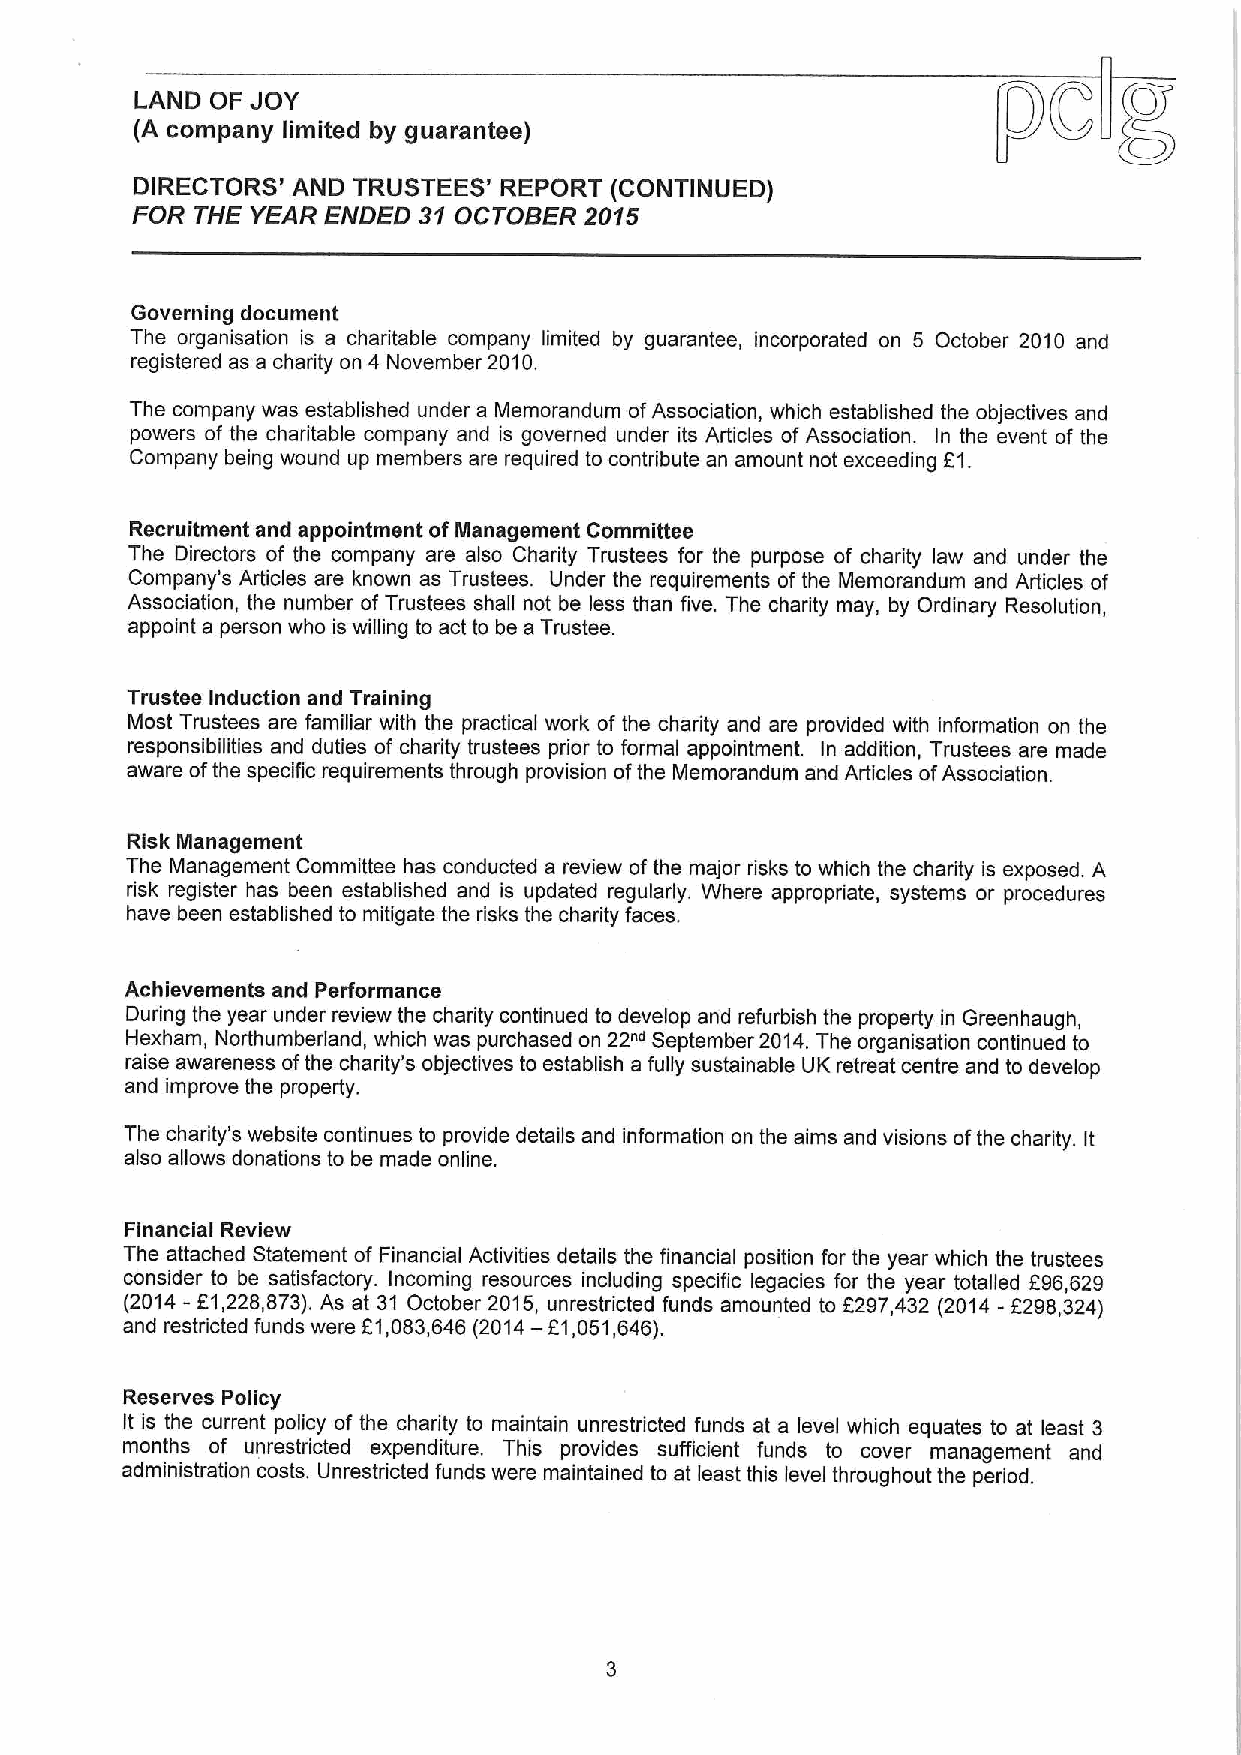
g
 LAND OF JOY
 poC
 (A company limited by guarantee)
 DIRECTORS' AND TRUSTEES' REPORT (CONTINUED)
 FOR THE YEAR ENDED 31 OCTOBER 20$5
 Governing document
 The organisation is a charitable company limited by guarantee, incorporated on 5 October 2010 and
 registered as a charity on 4 November 2010.
 The company was established under a Memorandum ofAssociation, which established the objectives and
 powers of the charitable company and is governed under its Articles of Association. In the event of the
 Company being wound up members are required to contribute an amount not exceeding 51.
 Recruitment and appointment ofManagement Committee
 The Directors of the company are also Charity Trustees for the purpose of charity law and under the
 Company's Articles are known as Trustees. Under the requirements of the Memorandum and Articles of
 Association, the number of Trustees shall not be less than five. The charity may, by Ordinary Resolution,
 appoint a person who is willing to act to be a Trustee.
 Trustee Induction and Training
 Most Trustees are familiar with the practical work of the charity and are provided with information on the
 responsibilities and duties of charity trustees prior to formal appointment, In addition, Trustees are made
 aware ofthe specific requirements through provision ofthe Memorandum and Articles ofAssociation.
 Risk Management
 The Management Committee has conducted a review ofthe major risks to which the charity is exposed. A
 risk register has been established and is updated regularly. Where appropriate, systems or procedures
 have been established to mitigate the risks the charity faces.
 Achievements and Performance
 During the year under review the charity continued to develop and refurbish the property in Greenhaugh,
 Hexham, Northumberland, which was purchased on 22""September 2014.The organisation continued to
 raise awareness ofthe charity's objectives to establish a fully sustainable UK retreat centre and to develop
 and improve the property.
 The charity's website continues to provide details and information on the aims and visions ofthe charity. It
 also allows donations to be made online.
 Financial Review
 The attached Statement of Financial Activities details the financial position for the year which the trustees
 consider to be satisfactory. Incoming resources including specific legacies for the year totalled 596,629
 (2014- f1,228,873).As at 31 October 2015, unrestricted funds amounted to 5297,432 (2014 - F298,324)
 and restricted funds were 51,083,646 (2014— 51,051,646).
 Reserves Policy
 It is the current policy of the charity to maintain unrestdcted funds at a level which equates to at least 3
 months of unrestricted expenditure. This provides sufficient funds to cover management and
 administration costs. Unrestricted funds were maintained to at least this level throughout the period.